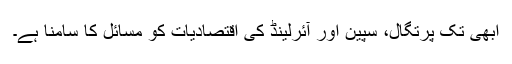
ابھی تک پرتگال، سپین اور آئرلینڈ کی اقتصادیات کو مسائل کا سامنا ہے۔